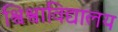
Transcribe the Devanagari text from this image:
श्विश्वाविद्यालय